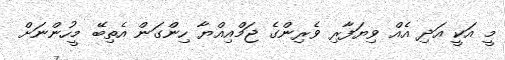
މީ އަކީ އަދި އެއް ވިޔަފާރި ވެރިންގެ ޖަމްއިއްޔާ ހިންގަން އެތިބޭ މީހުންނަށް